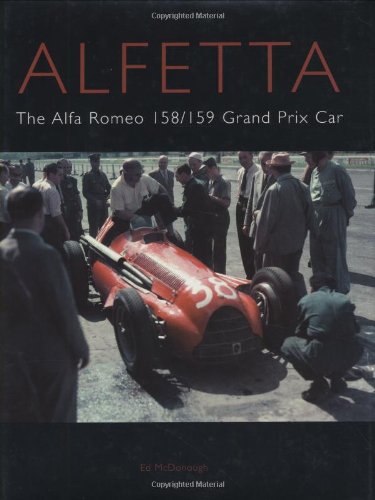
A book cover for Alfetta: The Alfa Romeo 158 & 159 Grand Prix Car (Crowood Autoclassics); Ed Mcdonough; Engineering & Transportation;